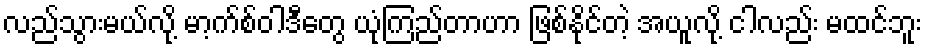
လည်သွားမယ်လို့ မာ့က်စ်ဝါဒီတွေ ယုံကြည်တာဟာ ဖြစ်နိုင်တဲ့ အယူလို့ ငါလည်း မထင်ဘူး